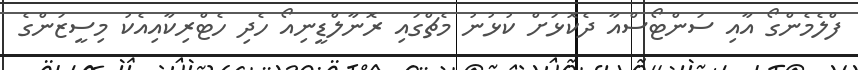
ފްލެމެންގޯ އާއި ސަންޓޯސްއާ ދެކޮޅަށް ކުޅުނު މެޗްގައި ރޮނާލްޑީނިއޯ ހެދި ހެޓްރިކާއިއެކު މިސީޒަންގެ